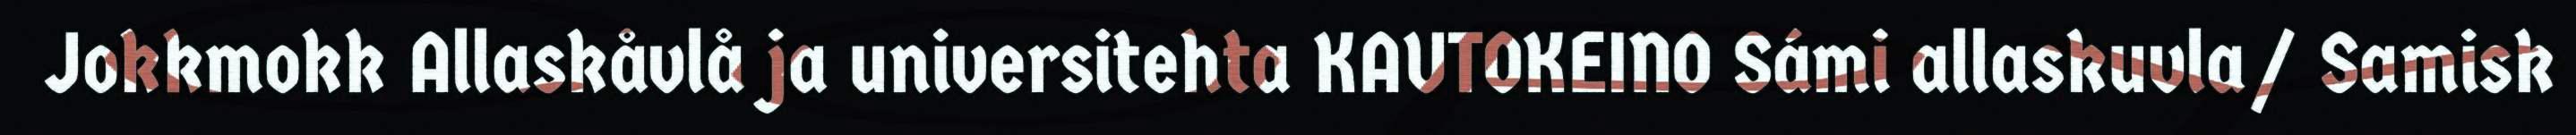
Jokkmokk Allaskåvlå ja universitehta KAUTOKEINO Sámi allaskuvla/ Samisk